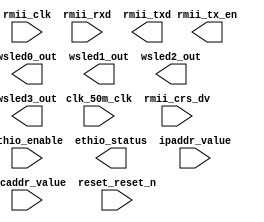

module udp2wsled_core (
	clk_50m_clk,
	ethio_enable,
	ethio_status,
	ipaddr_value,
	macaddr_value,
	reset_reset_n,
	rmii_clk,
	rmii_rxd,
	rmii_crs_dv,
	rmii_txd,
	rmii_tx_en,
	wsled0_out,
	wsled1_out,
	wsled2_out,
	wsled3_out);	

	input		clk_50m_clk;
	input		ethio_enable;
	output	[2:0]	ethio_status;
	input	[31:0]	ipaddr_value;
	input	[47:0]	macaddr_value;
	input		reset_reset_n;
	input		rmii_clk;
	input	[1:0]	rmii_rxd;
	input		rmii_crs_dv;
	output	[1:0]	rmii_txd;
	output		rmii_tx_en;
	output		wsled0_out;
	output		wsled1_out;
	output		wsled2_out;
	output		wsled3_out;
endmodule